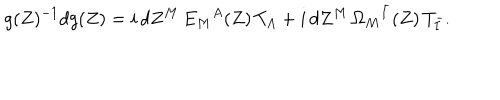
g ( Z ) ^ { - 1 } d g ( Z ) = i \, d Z ^ { M } \, E _ { M } { } ^ { A } ( Z ) \, T _ { A } + i \, d Z ^ { M } \, \Omega _ { M } { } ^ { \bar { I } } ( Z ) \, T _ { \bar { I } } .